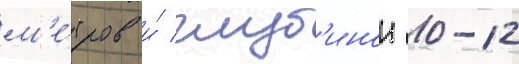
м'е́тров и́ глуб'инои 10-12